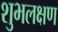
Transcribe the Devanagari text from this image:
शुभलक्षण